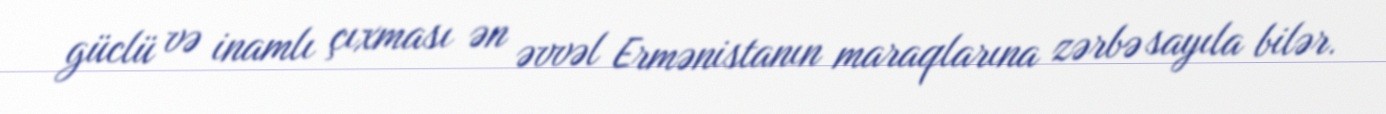
güclü və inamlı çıxması ən əvvəl Ermənistanın maraqlarına zərbə sayıla bilər.